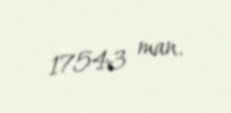
17543 man.